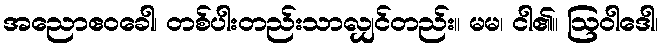
အညောဧဝခေါ၊ တစ်ပါးတည်းသာလျှင်တည်း။ မမ၊ ငါ၏။ ဩဝါဒေါ၊